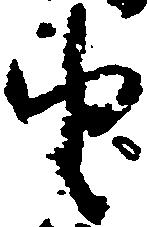
由